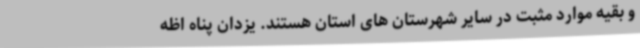
و بقیه موارد مثبت در سایر شهرستان های استان هستند. یزدان پناه اظه